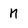
Character: M